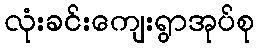
လုံးခင်းကျေးရွာအုပ်စု